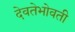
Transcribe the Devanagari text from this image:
देवतेभोवती